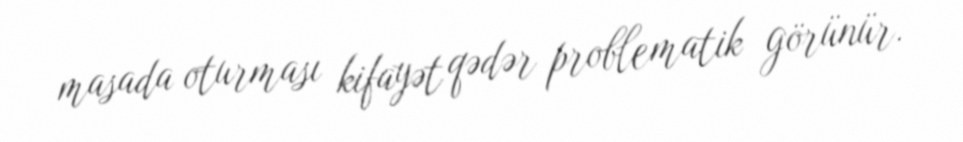
masada oturması kifayət qədər problematik görünür.